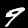
Label: 9